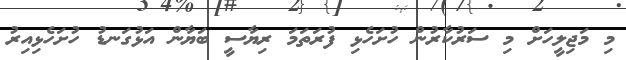
މި މަޖިލީހަށް މި ސަރުކާރުން ހުށަހެޅި ފުރަތަމަ ރިޔާސީ ބަޔާން އަޅުގަނޑު ހުށަހެޅިއިރު